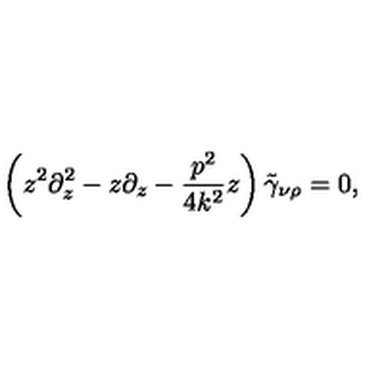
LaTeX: \left( z ^ { 2 } \partial _ { z } ^ { 2 } - z \partial _ { z } - \frac { p ^ { 2 } } { 4 k ^ { 2 } } z \right) \tilde { \gamma } _ { \nu \rho } = 0 ,